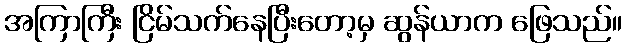
အကြာကြီး ငြိမ်သက်နေပြီးတော့မှ ဆွန်ယာက ဖြေသည်။